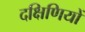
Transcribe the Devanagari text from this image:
दक्षिणियों